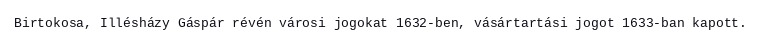
Birtokosa, Illésházy Gáspár révén városi jogokat 1632-ben, vásártartási jogot 1633-ban kapott.